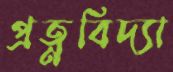
প্রত্নবিদ্যা